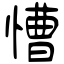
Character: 慒